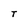
Character: T